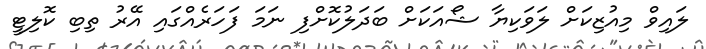
ލައިވް މިއުޒިކަށް ލަވަކިޔާ ޝޯއަކަށް ބަދަލުކޮށްފި ނަމަ ފަހަރެއްގައި އޭރު ތިބި ކޮލިޓީ